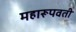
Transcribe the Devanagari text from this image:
महारूपवती